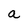
Character: a